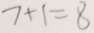
7 + 1 = 8